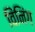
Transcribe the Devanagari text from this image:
विंनिंग